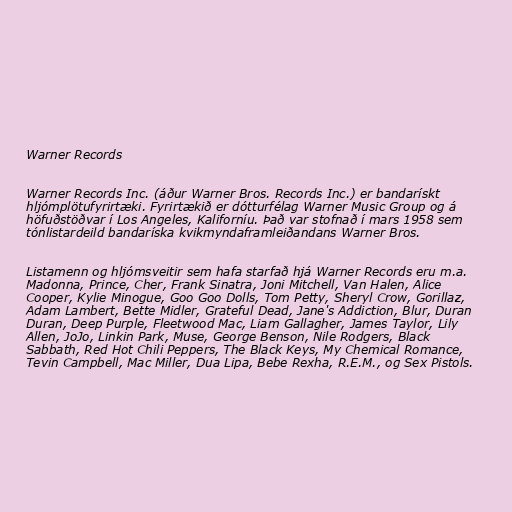
Warner Records

Warner Records Inc. (áður Warner Bros. Records Inc.) er bandarískt
hljómplötufyrirtæki. Fyrirtækið er dótturfélag Warner Music Group og á
höfuðstöðvar í Los Angeles, Kaliforníu. Það var stofnað í mars 1958 sem
tónlistardeild bandaríska kvikmyndaframleiðandans Warner Bros.

Listamenn og hljómsveitir sem hafa starfað hjá Warner Records eru m.a.
Madonna, Prince, Cher, Frank Sinatra, Joni Mitchell, Van Halen, Alice
Cooper, Kylie Minogue, Goo Goo Dolls, Tom Petty, Sheryl Crow, Gorillaz,
Adam Lambert, Bette Midler, Grateful Dead, Jane's Addiction, Blur, Duran
Duran, Deep Purple, Fleetwood Mac, Liam Gallagher, James Taylor, Lily
Allen, JoJo, Linkin Park, Muse, George Benson, Nile Rodgers, Black
Sabbath, Red Hot Chili Peppers, The Black Keys, My Chemical Romance,
Tevin Campbell, Mac Miller, Dua Lipa, Bebe Rexha, R.E.M., og Sex Pistols.